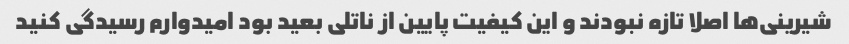
شیرینی‌ها اصلا تازه نبودند و این کیفیت پایین از ناتلی بعید بود امیدوارم رسیدگی کنید